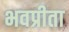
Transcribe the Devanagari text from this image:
भवप्रीता